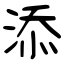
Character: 添